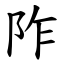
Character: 阼